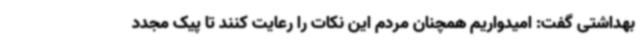
بهداشتی گفت: امیدواریم همچنان مردم این نکات را رعایت کنند تا پیک مجدد